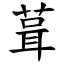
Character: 葺